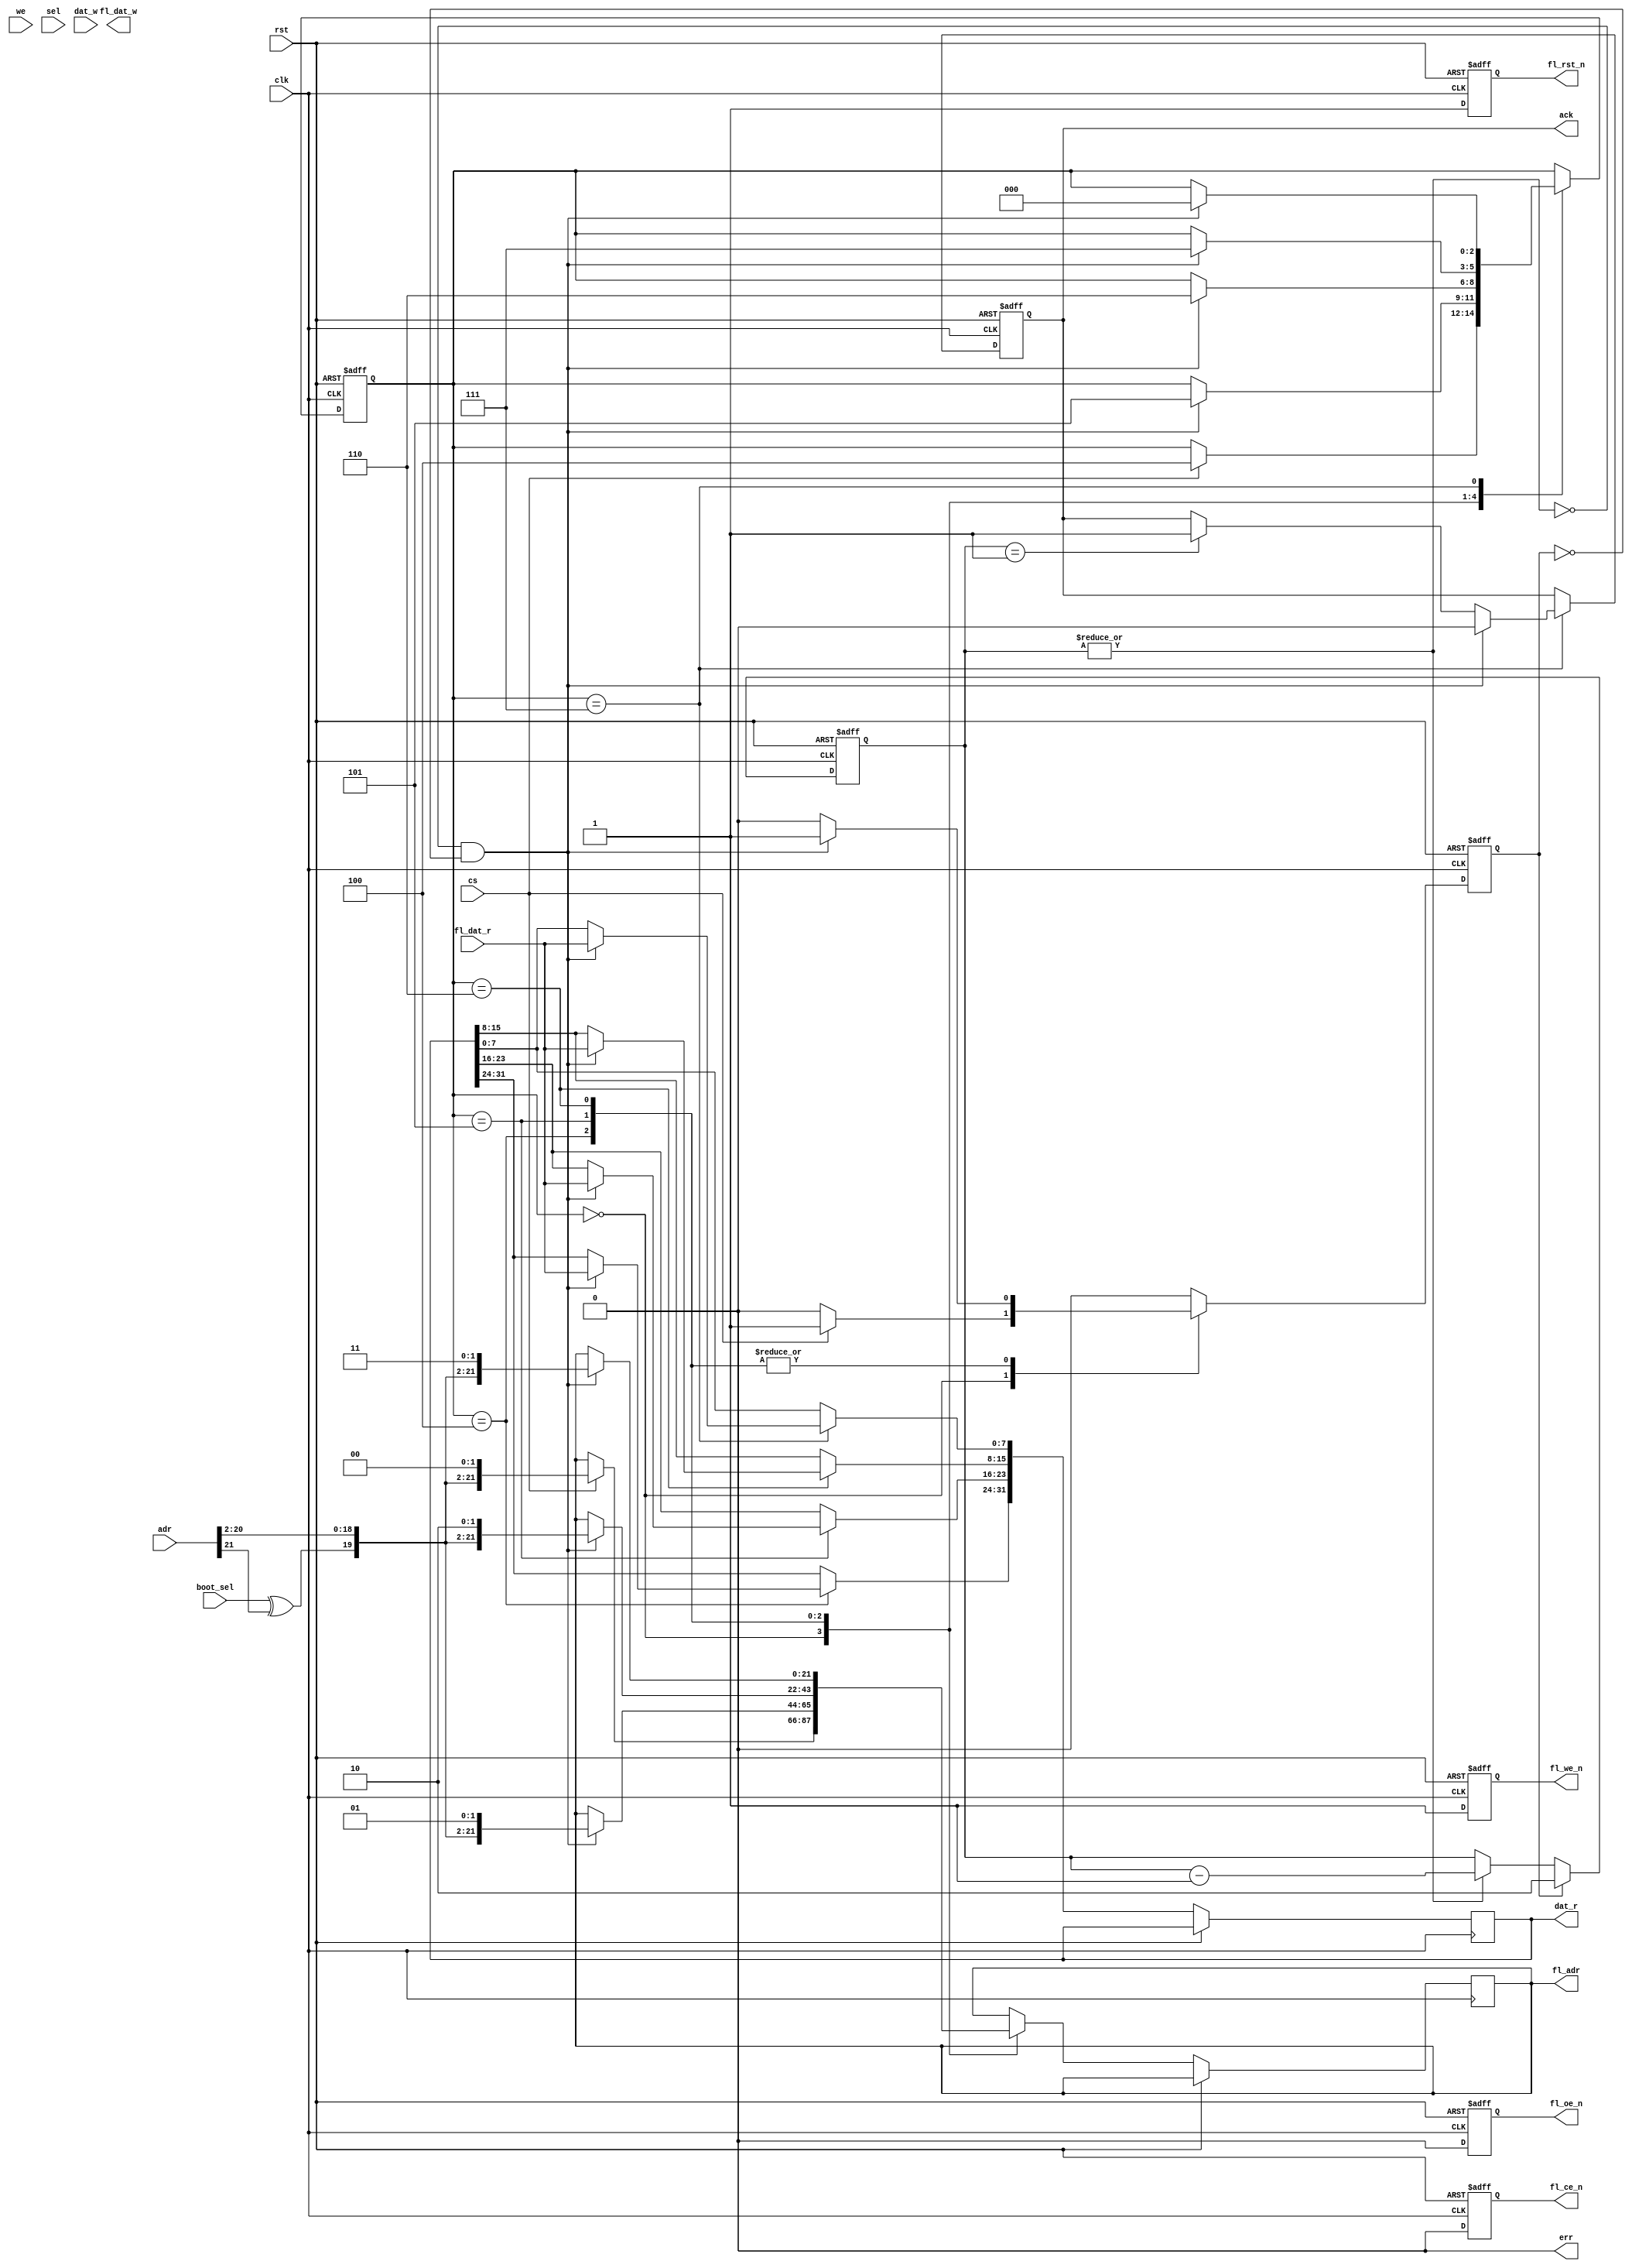
module ctrl_flash #(
  parameter FAW = 22,             // flash address width
  parameter FDW = 8,              // flash data width
  parameter QAW = 22,             // qmem address width
  parameter QDW = 32,             // qmem data width
  parameter QSW = QDW/8,          // qmem select width
  parameter DLY = 3,              // 80ns delay @ 50MHz clock - for S29AL032D70 (70ns access part) //// if 3 isn't enough, try 4 ////
  parameter BE  = 1               // big endianness - 1 = big endian, 2 = little endian
)(
  // system
  input  wire           clk,
  input  wire           rst,
  // config
  input  wire           boot_sel,
  // qmem interface
  input  wire [QAW-1:0] adr,
  input  wire           cs,
  input  wire           we,
  input  wire [QSW-1:0] sel,
  input  wire [QDW-1:0] dat_w,
  output reg  [QDW-1:0] dat_r,
  output reg            ack,
  output wire           err,
  // flash interface
  output reg  [FAW-1:0] fl_adr,
  output reg            fl_ce_n,
  output reg            fl_we_n,
  output reg            fl_oe_n,
  output reg            fl_rst_n,
  output wire [FDW-1:0] fl_dat_w,
  input  wire [FDW-1:0] fl_dat_r
);



////////////////////////////////////////
// keep flash in read state           //
////////////////////////////////////////

reg            nce;
reg            nwe;
reg            noe;
reg            nrst;

always @ (posedge clk, posedge rst) begin
  if (rst) begin
    fl_ce_n  <= #1 1'b1;
    fl_we_n  <= #1 1'b1;
    fl_oe_n  <= #1 1'b0;
    fl_rst_n <= #1 1'b0;
  end else begin
    fl_ce_n  <= #1 1'b0;
    fl_we_n  <= #1 1'b1; // !we;
    fl_oe_n  <= #1 1'b0; // we;
    fl_rst_n <= #1 1'b1;
  end
end



////////////////////////////////////////
// read engine                        //
////////////////////////////////////////

// TODO faster byte / half-word reads (using byte selects)

// read timer
reg            timer_start;
reg  [  2-1:0] timer;

always @ (posedge clk, posedge rst) begin
  if (rst)
    timer <= #1 2'h0;
  else if (timer_start)
    timer <= #1 DLY-1;
  else if (|timer)
    timer <= #1 timer - 2'h1;
end


// state machine
localparam S_ID = 3'h0;
localparam S_R1 = 3'h4;
localparam S_R2 = 3'h5;
localparam S_R3 = 3'h6;
localparam S_R4 = 3'h7;

reg  [   3-1:0] state;

// this is QMEM compatible - ack is one cycle before data gets read, for WISHBONE compatibility, move ack one clock later
always @ (posedge clk, posedge rst) begin
  if (rst) begin
    state <= #1 S_ID;
    timer_start <= #1 1'b0;
    ack <= #1 1'b0;
  end else begin
    if (timer_start) timer_start <= #1 1'b0;
    case (state)
      S_ID : begin
        if (cs) begin
          fl_adr <= #1 {boot_sel^adr[21], adr[20:2], 2'b00};
          timer_start <= #1 1'b1;
          state <= #1 S_R1;
        end
      end
      S_R1 : begin
        if ((~|timer) && !timer_start) begin
          fl_adr <= #1 {boot_sel^adr[21], adr[20:2], 2'b01};
          timer_start <= #1 1'b1;
          state <= #1 S_R2;
          if (BE == 1)
            dat_r[31:24] <= #1 fl_dat_r;
          else
            dat_r[ 7: 0] <= #1 fl_dat_r;
        end
      end
      S_R2 : begin
        if ((~|timer) && !timer_start) begin
          fl_adr <= #1 {boot_sel^adr[21], adr[20:2], 2'b10};
          timer_start <= #1 1'b1;
          state <= #1 S_R3;
          if (BE == 1)
            dat_r[23:16] <= #1 fl_dat_r;
          else
            dat_r[15: 8] <= #1 fl_dat_r;
        end
      end
      S_R3 : begin
        if ((~|timer) && !timer_start) begin
          fl_adr <= #1 {boot_sel^adr[21], adr[20:2], 2'b11};
          timer_start <= #1 1'b1;
          state <= #1 S_R4;
          if (BE == 1)
            dat_r[15: 8] <= #1 fl_dat_r;
          else
            dat_r[23:16] <= #1 fl_dat_r;
        end
      end
      S_R4 : begin
        if (timer == 2'h1) begin
          ack <= #1 1'b1;
        end
        if ((~|timer) && !timer_start) begin
          state <= #1 S_ID;
          ack <= #1 1'b0;
          if (BE == 1)
            dat_r[ 7: 0] <= #1 fl_dat_r;
          else
            dat_r[31:24] <= #1 fl_dat_r;
        end
      end
    endcase
  end
end



////////////////////////////////////////
// unused outputs                     //
////////////////////////////////////////

assign err      = 1'b0;
assign fl_dat_w = 8'hxx;



endmodule